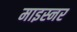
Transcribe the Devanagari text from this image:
माइस्नर